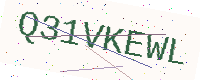
Text: Q31VKEWL